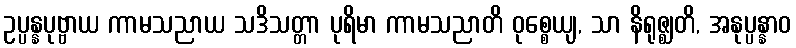
ဥပ္ပန္နပုဗ္ဗာယ ကာမသညာယ သဒိသတ္တာ ပုရိမာ ကာမသညာတိ ဝုစ္စေယျ, သာ နိရုဇ္ဈတိ, အနုပ္ပန္နာဝ